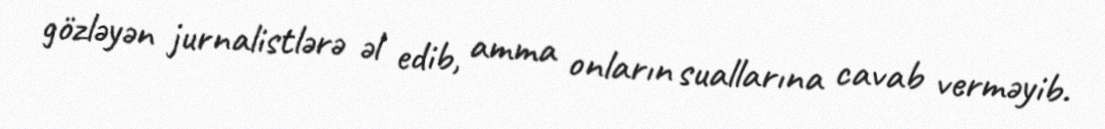
gözləyən jurnalistlərə əl edib, amma onların suallarına cavab verməyib.